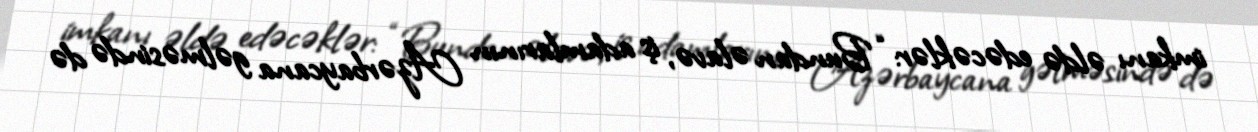
imkanı əldə edəcəklər: “Bundan əlavə, iş adamlarının Azərbaycana gəlməsində də